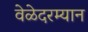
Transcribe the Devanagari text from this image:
वेळेदरम्यान